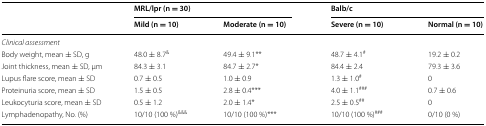
| <ROWSPAN=2>  | <COLSPAN=2> MRL/lpr (n = 30) | <COLSPAN=2> Balb/c |
 | Mild (n = 10) | Moderate (n = 10) | Severe (n = 10) | Normal (n = 10) |
 | --- | --- | --- | --- | --- |
 | <COLSPAN=5> Clinical assessment |
 | Body weight, mean ± SD, g | 48.0 ± 8.7& | 49.4 ± 9.1** | 48.7 ± 4.1# | 19.2 ± 0.2 |
 | Joint thickness, mean ± SD, μm | 84.3 ± 3.1 | 84.7 ± 2.7* | 84.4 ± 2.4 | 79.3 ± 3.6 |
 | Lupus flare score, mean ± SD | 0.7 ± 0.5 | 1.0 ± 0.9 | 1.3 ± 1.0# | 0 |
 | Proteinuria score, mean ± SD | 1.5 ± 0.5 | 2.8 ± 0.4*** | 4.0 ± 1.1### | 0.7 ± 0.6 |
 | Leukocyturia score, mean ± SD | 0.5 ± 1.2 | 2.0 ± 1.4* | 2.5 ± 0.5## | 0 |
 | Lymphadenopathy, No. (%) | 10/10 (100 %)&&& | 10/10 (100 %)*** | 10/10 (100 %)### | 0/10 (0 %) |